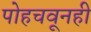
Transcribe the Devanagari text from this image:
पोहचवूनही